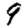
Digit: 9